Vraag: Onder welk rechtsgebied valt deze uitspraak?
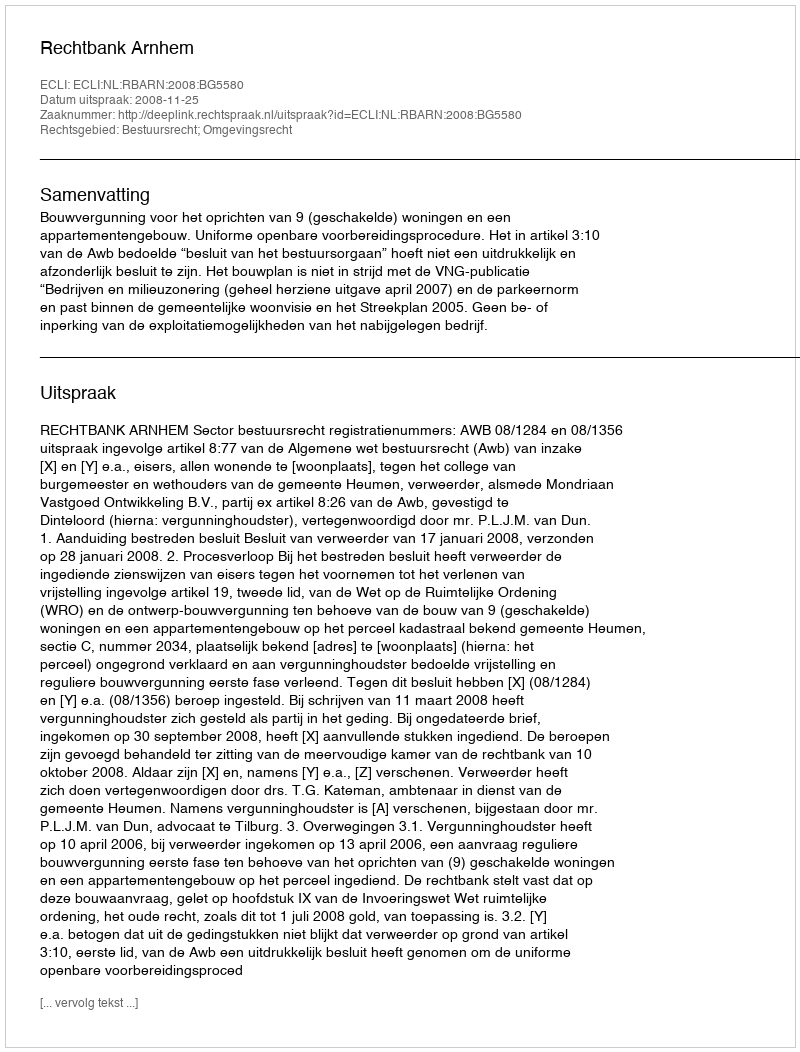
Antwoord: Bestuursrecht; Omgevingsrecht